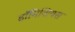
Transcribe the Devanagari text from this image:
डॉमिशियस